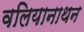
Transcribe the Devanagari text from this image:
वलियानाथन